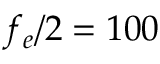
f _ { e } / 2 = 1 0 0